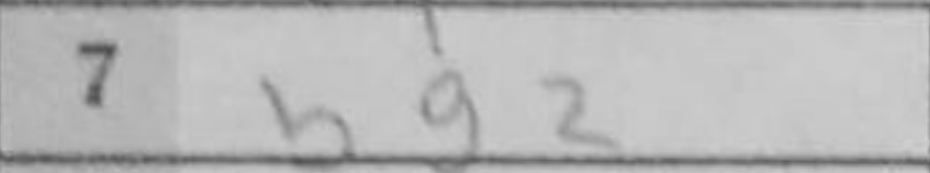
Transcription: Bg2